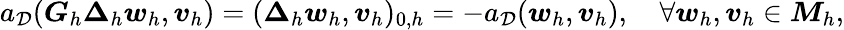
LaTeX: a_{\mathcal{D}}(\boldsymbol{G}_{h}\boldsymbol{\Delta}_{h}\boldsymbol{w}_{h},\boldsymbol{v}_{h})=(\boldsymbol{\Delta}_{h}\boldsymbol{w}_{h},\boldsymbol{v}_{h})_{0,h}=-a_{\mathcal{D}}(\boldsymbol{w}_{h},\boldsymbol{v}_{h}),\quad\forall\boldsymbol{w}_{h},\boldsymbol{v}_{h}\in\boldsymbol{M}_{h},